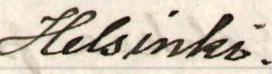
Helsinki.